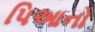
પિઆનો